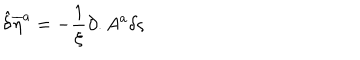
{ \hat { \delta } } { \overline { { { \eta } } } } ^ { a } = - \frac { 1 } { \xi } \partial . A ^ { a } \delta \varsigma